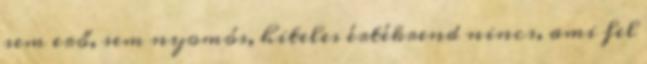
sem erő, sem nyomós, hiteles értékrend nincs, ami fel